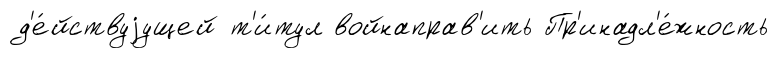
д'е́йствуjущей т'и́тул войнаправ'ить Пр'инадл'е́жность